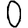
Digit: 0